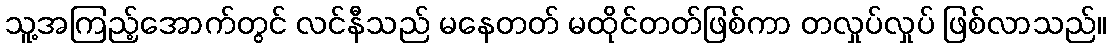
သူ့အကြည့်အောက်တွင် လင်နီသည် မနေတတ် မထိုင်တတ်ဖြစ်ကာ တလှုပ်လှုပ် ဖြစ်လာသည်။